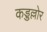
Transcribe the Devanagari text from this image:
कड्डल्लोर